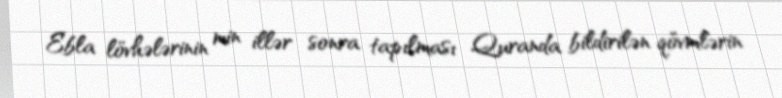
Ebla lövhələrinin min illər sonra tapılması Quranda bildirilən qövmlərin